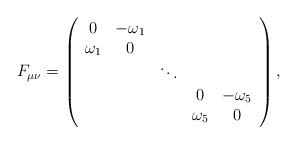
LaTeX: \begin{align*} F_{\mu\nu}=\left( \begin{array}{ccccc} 0 & -\omega_1 & & & \\ \omega_1 &0& & & \\ & &\ddots & & \\ &&&0 & -\omega_5 \\ &&&\omega_5 &0 \\ \end{array} \right),\end{align*}